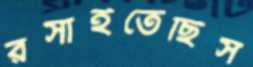
রসাইতেছিস